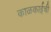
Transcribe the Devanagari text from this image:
काळकाईची